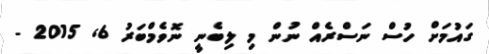
ގައުމަށް ހުސް ނަސްރެއް ނުން މި ލިބެނީ ނޮވެމްބަރު 6